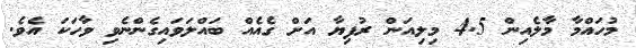
މުހައްމާ މާލެއިން 4.5 މިލިއަން ރުފިޔާ އަށް ގެއެއް ބައްލަވައިގެންނެވި ވާހަކަ އެވެ.